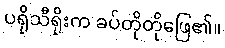
ပရိုသီရိုးက ခပ်တိုတိုဖြေ၏။